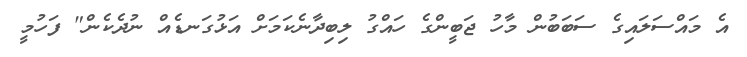
އެ މައްސަލައިގެ ސަބަބުން މާހު ޖަބީންގެ ހައްގު ލިބިދާނެކަމަށް އަޅުގަނޑެއް ނުދެކެން" ފަހުމީ